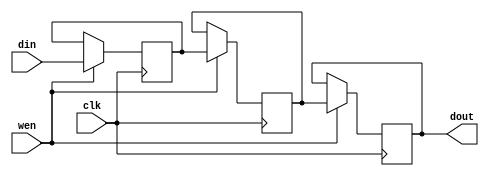
	`define WIDTH_4B 4'b1000
`define COEF0_b  29
	`define COEF1_b  101
//	`define COEF2_b  -15
//	`define COEF3_b  -235
//	`define COEF4_b  -15
	`define COEF2_b  15
	`define COEF3_b  235
	`define COEF4_b  15
	`define COEF5_b  101
	`define COEF6_b  29
	`define WIDTH_5B 5'b10000
	`define COEF0_c  4
	`define COEF1_c  42
	`define COEF2_c  163
	`define COEF3_c  255
	`define COEF4_c  163
	`define COEF5_c  42
	`define COEF6_c  4
//	`define COEF0_d  -12
//	`define COEF1_d  -77
//	`define COEF2_d  -148
	`define COEF0_d  12
	`define COEF1_d  77
	`define COEF2_d  148
	`define COEF3_d  0
	`define COEF4_d  148
	`define COEF5_d  77
	`define COEF6_d  12
	`define COEF0_1  15
//`define COEF0_1  -15
	`define COEF1_1  25
	`define COEF2_1  193
	`define COEF3_1  0
//	`define COEF4_1  -193
//	`define COEF5_1  -25
	`define COEF4_1  193
	`define COEF5_1  25
	`define COEF6_1  15
	`define COEF0_2  4
	`define COEF1_2  42
	`define COEF2_2  163
	`define COEF3_2  255
	`define COEF4_2  163
	`define COEF5_2  42
	`define COEF6_2  4
//	`define COEF0_3  -9
//	`define COEF1_3  -56
//	`define COEF2_3  -109
	`define COEF0_3  9
	`define COEF1_3  56
	`define COEF2_3  109
	`define COEF3_3  0
	`define COEF4_3  109
	`define COEF5_3  56
	`define COEF6_3  9
//	`define COEF0_4  -9
//	`define COEF1_4  -56
//	`define COEF2_4  -109
	`define COEF0_4  9
	`define COEF1_4  56
	`define COEF2_4  109
	`define COEF3_4  0
	`define COEF4_4  109
	`define COEF5_4  56
	`define COEF6_4  9

module fifo316 (clk, wen, din, dout);

//	parameter `WIDTH = 4'b1000;

    input clk; 
    input wen; 
    input[`WIDTH_4B - 1:0] din; 
    output[`WIDTH_4B - 1:0] dout; 
    reg[`WIDTH_4B - 1:0] dout;

    reg[`WIDTH_4B-1:0]buff1; 
    reg[`WIDTH_4B-1:0]buff2; 

    always @(posedge clk)
    begin
		if (wen == 1'b1)
		begin
			buff1 <= din;
			buff2 <= buff1;
			dout <= buff2;
		end
	end
endmodule